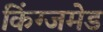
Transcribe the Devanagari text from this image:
किंग्जमेड